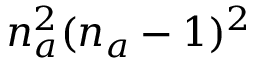
n _ { a } ^ { 2 } ( n _ { a } - 1 ) ^ { 2 }